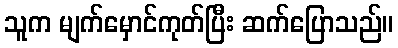
သူက မျက်မှောင်ကုတ်ပြီး ဆက်ပြောသည်။